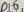
Text: D10